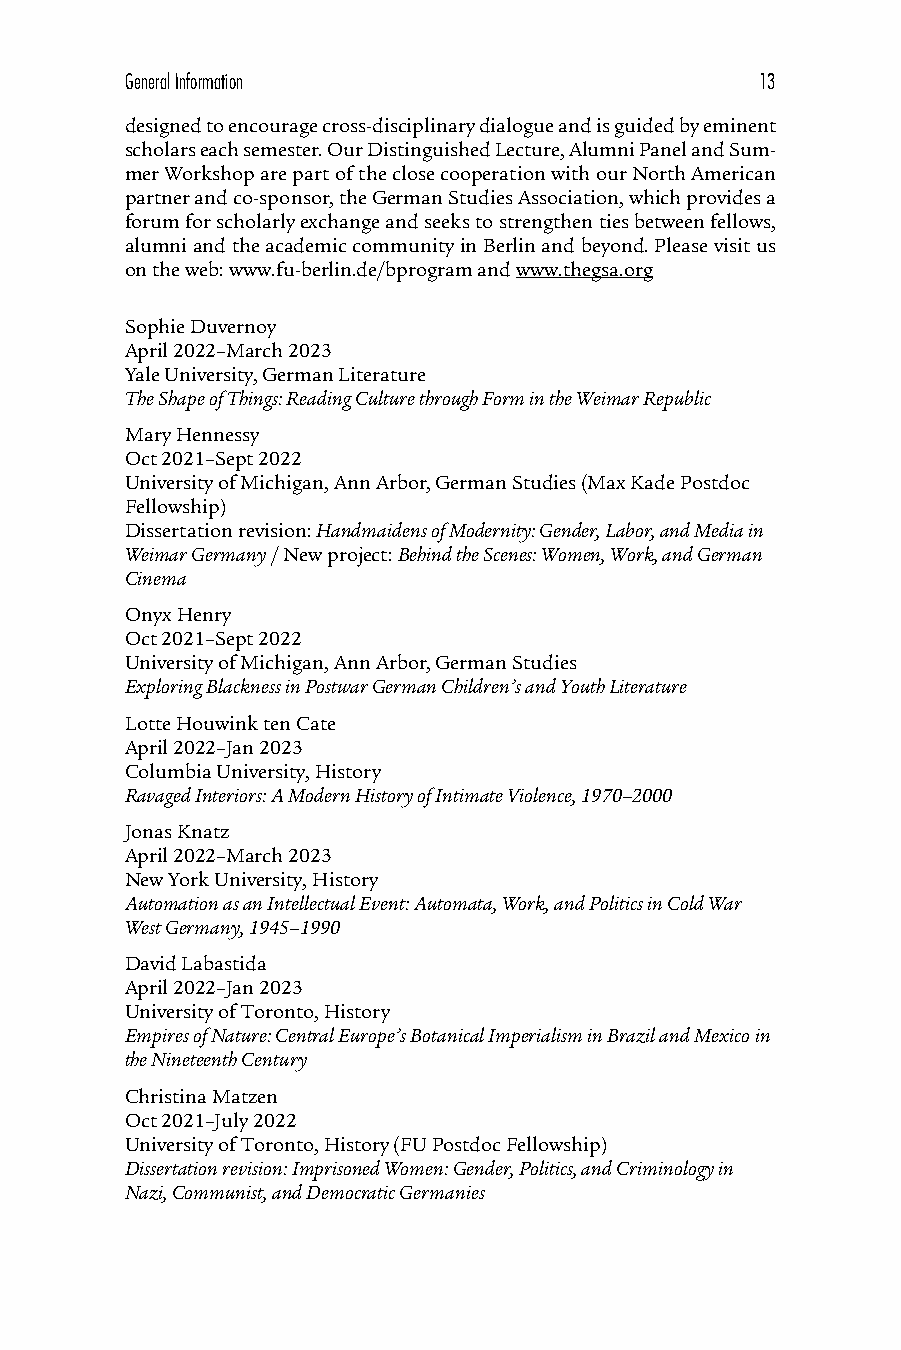
General Information                       13
 designed to encourage cross-disciplinary dialogue and is guided by eminent
 scholars each semester. Our Distinguished Lecture, Alumni Panel and Sum-
 mer Workshop are part of the close cooperation with our North American
 partner and co-sponsor, the German Studies Association, which provides a
 forum for scholarly exchange and seeks to strengthen ties between fellows,
 alumni and the academic community in Berlin and beyond. Please visit us
 on the web: www.fu-berlin.de/bprogram and www.thegsa.org
 Sophie Duvernoy
 April 2022–March 2023
 Yale University, German Literature
 The Shape of Things: Reading Culture through Form in the Weimar Republic
 Mary Hennessy
 Oct 2021–Sept 2022
 University of Michigan, Ann Arbor, German Studies (Max Kade Postdoc
 Fellowship)
 Dissertation revision: Handmaidens of Modernity: Gender, Labor, and Media in
 Weimar Germany / New project: Behind the Scenes: Women, Work, and German
 Cinema
 Onyx Henry
 Oct 2021–Sept 2022
 University of Michigan, Ann Arbor, German Studies
 Exploring Blackness in Postwar German Children’s and Youth Literature
 Lotte Houwink ten Cate
 April 2022–Jan 2023
 Columbia University, History
 Ravaged Interiors: A Modern History of Intimate Violence, 1970–2000
 Jonas Knatz
 April 2022–March 2023
 New York University, History
 Automation as an Intellectual Event: Automata, Work, and Politics in Cold War
 West Germany, 1945–1990
 David Labastida
 April 2022–Jan 2023
 University of Toronto, History
 Empires of Nature: Central Europe’s Botanical Imperialism in Brazil and Mexico in
 the Nineteenth Century
 Christina Matzen
 Oct 2021–July 2022
 University of Toronto, History (FU Postdoc Fellowship)
 Dissertation revision: Imprisoned Women: Gender, Politics, and Criminology in
 Nazi, Communist, and Democratic Germanies